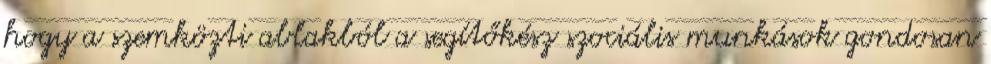
hogy a szemközti ablakból a segítőkész szociális munkások gondosan